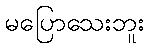
မပြောသေးဘူး